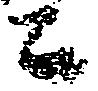
ニ